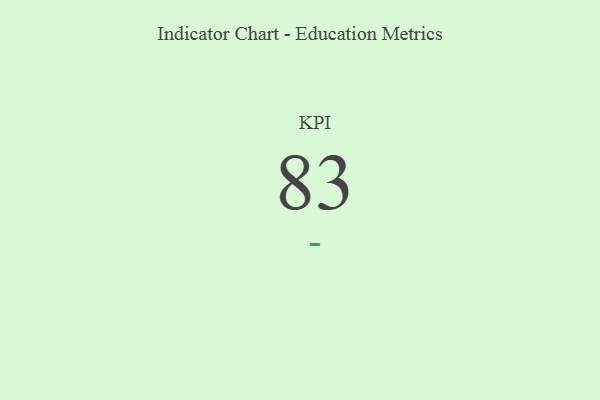
{"axis": {"x": "KPI", "y": "Value"}, "legend": [""], "data": [{"x": "KPI", "y": 83, "type": ""}]}